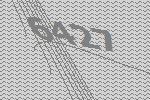
6427